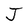
Character: J